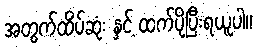
အတွက်ထိပ်ဆုံး နှင့် ထက်ပိုပြီးရယူပါ။